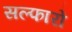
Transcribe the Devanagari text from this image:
सल्फारो